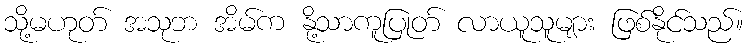
သို့မဟုတ် အသုဘ အိမ်က နို့သာကူပြုတ် လာယူသူများ ဖြစ်နိုင်သည်။